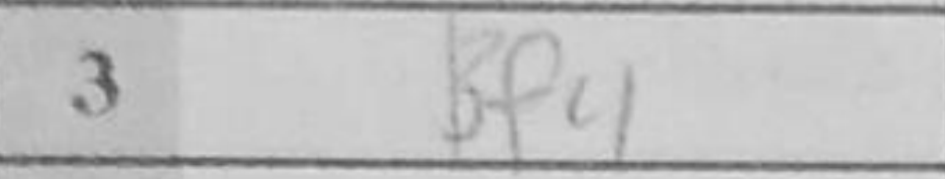
Transcription: Bf4